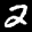
Label: 2